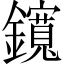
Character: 鑧